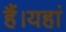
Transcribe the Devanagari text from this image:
हैं।यहां